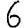
Digit: 6